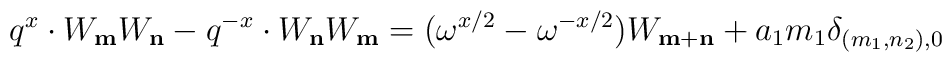
q^x \cdot W_{\bf m} W_{\bf n} - q^{-x} \cdot W_{\bf n} W_{\bf m} = (\omega^{x/2} - \omega^{-x/2} ) W_{{\bf m}+{\bf n}} + a_1 m_1 \delta_{(m_1, n_2),0}